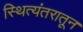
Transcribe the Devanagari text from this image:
स्थित्यंतरातून